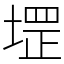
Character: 堽